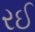
રઈ